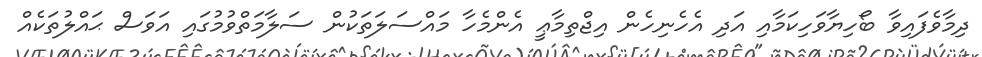
ދިމާވެފައިވާ ބޯހިޔާވަހިކަމާއި އަދި އެހެނިހެން އިޖްތިމާޢީ އެންމެހާ މައްސަލަތަކުން ސަލާމަތްވުމުގައި އަވަސް ޙައްލުތަކެއް